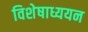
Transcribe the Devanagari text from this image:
विशेषाध्ययन